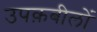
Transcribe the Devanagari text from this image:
उपक़बीलों